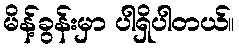
မိန့်ခွန်းမှာ ပါရှိပါတယ်။